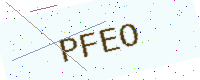
Text: PFEO